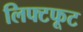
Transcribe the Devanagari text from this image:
लिफ्टफूट